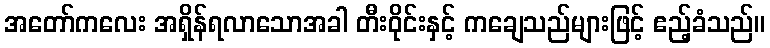
အတော်ကလေး အရှိန်ရလာသောအခါ တီးဝိုင်းနှင့် ကချေသည်များဖြင့် ဧည့်ခံသည်။